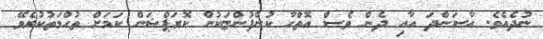
ނުދެއެވެ. އާސަންދަ އާއި ދެން ވެސް އޮތްހާ ކުންފުންޏަކުން ކޮރަޕްޝަން ކަމަށް ތުހްމަތުކުރެވޭ